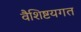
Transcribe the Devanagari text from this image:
वैशिष्टयगत